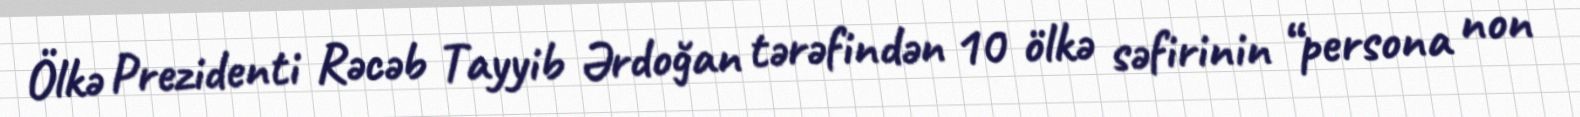
Ölkə Prezidenti Rəcəb Tayyib Ərdoğan tərəfindən 10 ölkə səfirinin “persona non